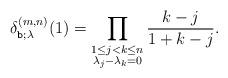
LaTeX: \begin{align*} \delta_{\texttt{b};\lambda}^{(m,n)}(1) = \prod_{\substack{1\leq j<k\leq n\\ \lambda_j-\lambda_k=0}} \frac{k-j}{1+k-j} . \end{align*}